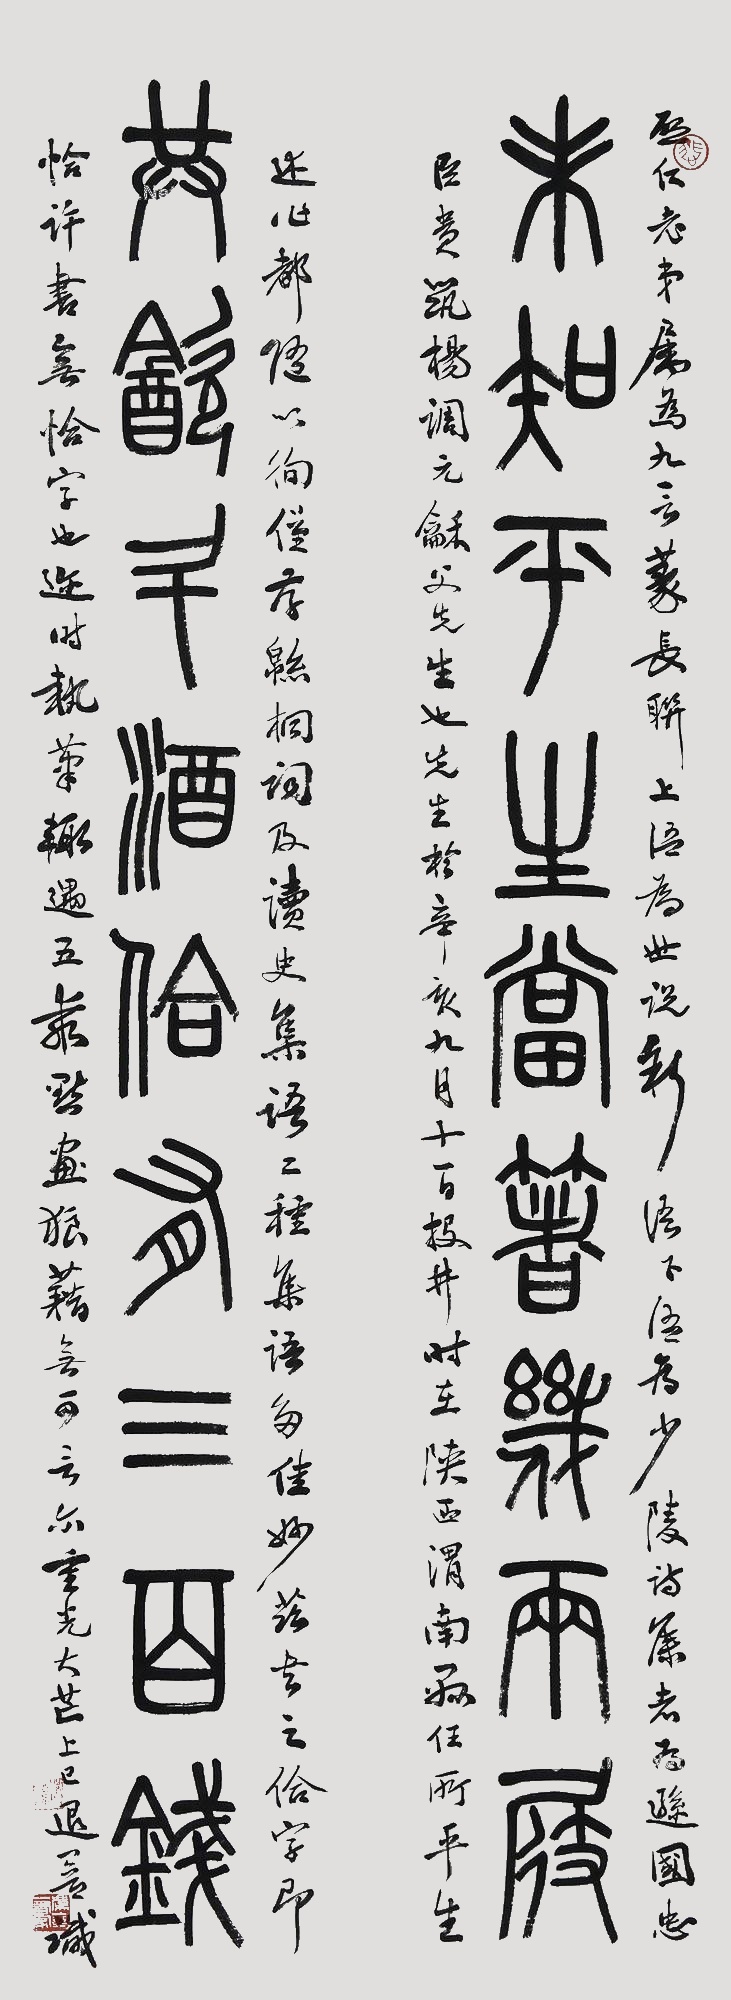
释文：未知平生当着几两屐，共饮斗酒恰有三百钱。熙仁老弟属为九言篆长联，上语为《世说新语》下语为少陵诗，集者为逊国忠臣贵筑杨调元龢父先生也。先生于辛亥九月十一日投井，时在陕西渭南县任所，平生述作都随以徇，仅存《绵桐词》及《读史集语》二种《集语》多佳妙，兹书之，佮字即恰，许书无恰字也。迩时执笔辄遇五乘，点画狼藉无可言尔。重光大芒上已，退盦识。